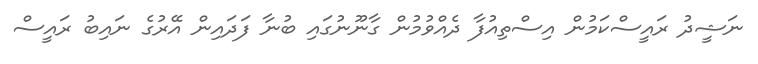
ނަޝީދު ރައީސްކަމުން އިސްތިއުފާ ދެއްވުމުން ގާނޫނުގައި ބުނާ ފަދައިން އޭރުގެ ނައިބު ރައީސް